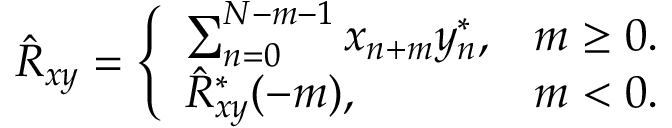
\hat { R } _ { x y } = \left\{ \begin{array} { l l } { \sum _ { n = 0 } ^ { N - m - 1 } x _ { n + m } y _ { n } ^ { * } , } & { m \geq 0 . } \\ { \hat { R } _ { x y } ^ { * } ( - m ) , } & { m < 0 . } \end{array} \right.